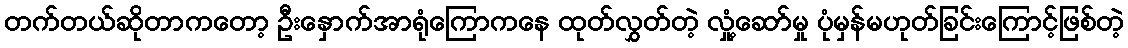
တက်တယ်ဆိုတာကတော့ ဦးနှောက်အာရုံကြောကနေ ထုတ်လွှတ်တဲ့ လှုံ့ဆော်မှု ပုံမှန်မဟုတ်ခြင်းကြောင့်ဖြစ်တဲ့